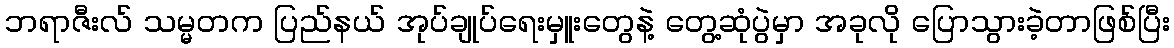
ဘရာဇီးလ် သမ္မတက ပြည်နယ် အုပ်ချုပ်ရေးမှူးတွေနဲ့ တွေ့ဆုံပွဲမှာ အခုလို ပြောသွားခဲ့တာဖြစ်ပြီး